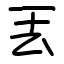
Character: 丟